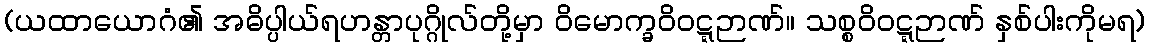
(ယထာယောဂံ၏ အဓိပ္ပါယ်ရဟန္တာပုဂ္ဂိုလ်တို့မှာ ဝိမောက္ခဝိဝဋ္ဋဉာဏ်။ သစ္စဝိဝဋ္ဋဉာဏ် နှစ်ပါးကိုမရ)